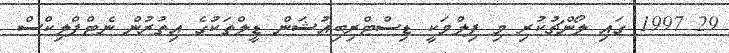
29 1997 ގައި ލޯންޗުކުރި މި ފިލްމަކީ ޑިސްޓްރިބިއުޝަން ޑީލްތަކުގެ އިތުރުން ނެޓްފްލިކްސް